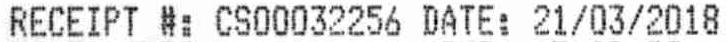
RECEIPT #: CS00032256 DATE: 21/03/2018